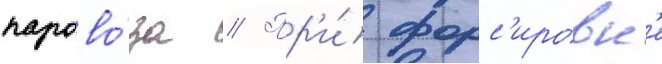
парово́за // Пр'и́ форс'ировк'е